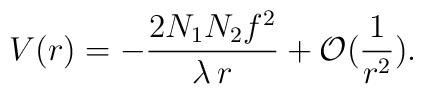
V(r)=-\frac{2N_{1}N_{2}f^{2}}{\lambda\,r}+{\cal O}(\frac{1}{r^{2}}).